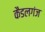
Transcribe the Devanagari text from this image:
कैडलगंज